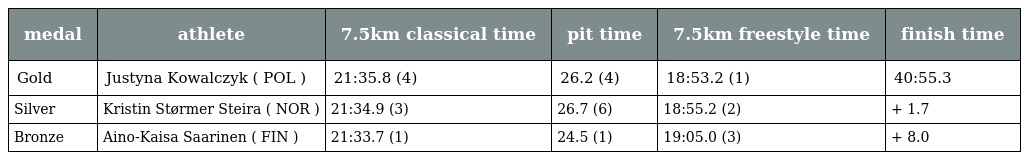
| medal | athlete | 7.5km classical time | pit time | 7.5km freestyle time | finish time |
 | --- | --- | --- | --- | --- | --- |
 | Gold | Justyna Kowalczyk ( POL ) | 21:35.8 (4) | 26.2 (4) | 18:53.2 (1) | 40:55.3 |
 | Silver | Kristin Størmer Steira ( NOR ) | 21:34.9 (3) | 26.7 (6) | 18:55.2 (2) | + 1.7 |
 | Bronze | Aino-Kaisa Saarinen ( FIN ) | 21:33.7 (1) | 24.5 (1) | 19:05.0 (3) | + 8.0 |